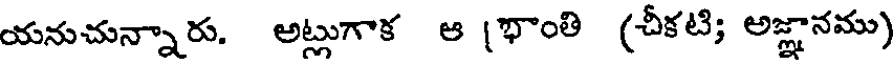
యనుచున్నారు. అట్లుగాక ఆ (భాంతి (చీకటి; అజ్ఞానము)